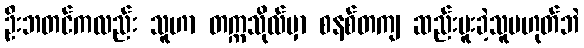
ဦးဘတင်ကလည်း သူဟာ တက္ကသိုလ်မှာ စနစ်တကျ ဆည်းပူးခဲ့သူမဟုတ်ဘဲ